Piroplasma canis and its life cycle in the tick - Number 29
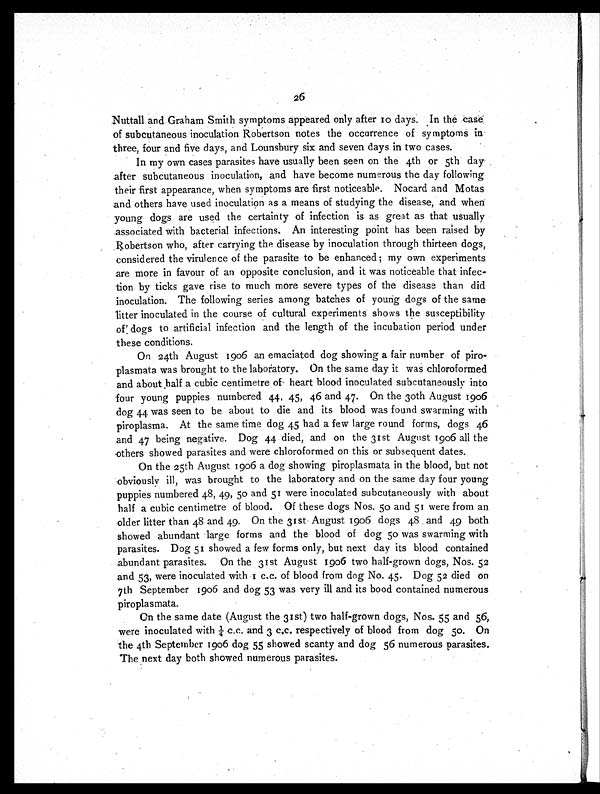
26
Nuttall and Graham Smith symptoms appeared only after 10 days. In the case
of subcutaneous inoculation Robertson notes the occurrence of symptoms in
three, four and five days, and Lounsbury six and seven days in two cases.
In my own cases parasites have usually been seen on the 4th or 5th day
after subcutaneous inoculation, and have become numerous the day following
their first appearance, when symptoms are first noticeable. Nocard and Motas
and others have used inoculation as a means of studying the disease, and when
young dogs are used the certainty of infection is as great as that usually
associated with bacterial infections. An interesting point has been raised by
Robertson who, after carrying the disease by inoculation through thirteen dogs,
considered the virulence of the parasite to be enhanced ; my own experiments
are more in favour of an opposite conclusion, and it was noticeable that infec-
tion by ticks gave rise to much more severe types of the disease than did
inoculation. The following series among batches of young dogs of the same
litter inoculated in the course of cultural experiments shows the susceptibility
of dogs to artificial infection and the length of the incubation period under
these conditions.
On 24th August 1906 an emaciated dog showing a fair number of piro-
plasmata was brought to the laboratory. On the same day it was chloroformed
and about half a cubic centimetre of heart blood inoculated subcutaneously into
four young puppies numbered 44, 45, 46 and 47. On the 30th August 1906
dog 44. was seen to be about to die and its blood was found swarming with
piroplasma. At the same time dog 45 had a few large round forms, dogs 46
and 47 being negative. Dog 44 died, and on the 31st August 1906 all the
others showed parasites and were chloroformed on this or subsequent dates.
On the 25th August 1906 a dog showing piroplasmata in the blood, but not
obviously ill, was brought to the laboratory and on the same day four young
puppies numbered 48, 49, 50 and 51 were inoculated subcutaneously with about
half a cubic centimetre of blood. Of these dogs Nos. 50 and 51 were from an
older litter than 48 and 49. On the 31st August 1906 dogs 48 and 49 both
showed abundant large forms and the blood of dog 50 was swarming with
parasites. Dog 51 showed a few forms only, but next day its blood contained
abundant parasites. On the 31st August 1906 two half-grown dogs, Nos. 52
and 53, were inoculated with 1 c.c. of blood from dog No. 45. Dog 52 died on
7th September 1906 and dog 53 was very ill and its bood contained numerous
piroplasmata.
On the same date (August the 31st) two half-grown dogs, Nos. 55 and 56,
were inoculated with.¼ c.c. and 3 c.c. respectively of blood from dog 50. On
the 4th September 1906 dog 55 showed scanty and dog 56 numerous parasites.
The next day both showed numerous parasites.